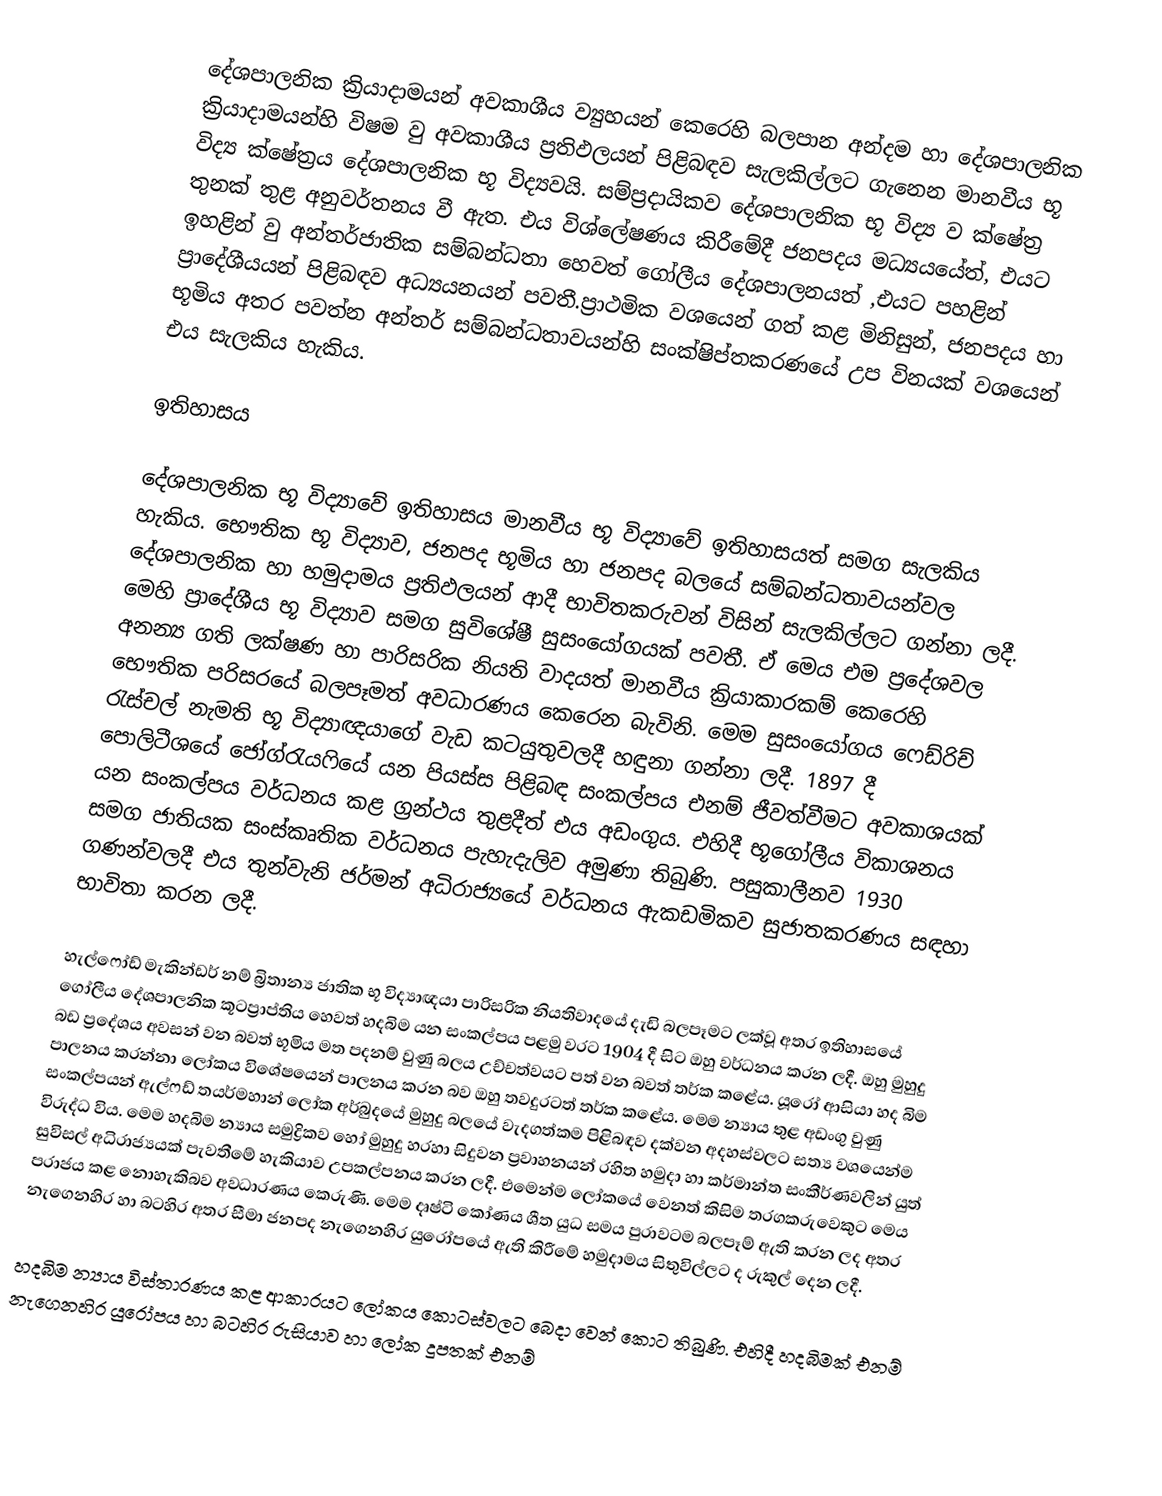
දේශපාලනික ක්‍රියාදාමයන් අවකාශීය ව්‍යුහයන් කෙරෙහි  බලපාන අන්දම හා දේශපාලනික ක්‍රියාදාමයන්හි විෂම වු අවකාශීය ප්‍රතිඵලයන් පිළිබඳව සැලකිල්ලට ගැනෙන මානවීය භූ විද්‍ය ක්ෂේත්‍රය දේශපාලනික භූ  විද්‍යවයි. සම්ප්‍රදායිකව දේශපාලනික භූ විද්‍ය ව ක්ෂේත්‍ර තුනක් තුළ අනුවර්තනය වී ඇත. එය විශ්ලේෂණය කිරීමේදී ජනපදය මධ්‍යයයේත්, එයට ඉහළින් වු අන්තර්ජාතික සම්බන්ධතා හෙවත් ගෝලීය දේශපාලනයත් ,එයට පහළින් ප්‍රාදේශීයයන් පිළිබඳව අධ්‍යයනයන් පවතී.ප්‍රාථමික වශයෙන් ගත් කළ  මිනිසුන්, ජනපදය හා භූමිය අතර පවත්න අන්තර් සම්බන්ධතාවයන්හි සංක්ෂිප්තකරණයේ උප විනයක් වශයෙන් එය සැලකිය හැකිය.

ඉතිහාසය

දේශපාලනික භූ විද්‍යාවේ ඉතිහාසය මානවීය භූ විද්‍යාවේ ඉතිහාසයත් සමග සැලකිය හැකිය. භෞතික භූ විද්‍යාව, ජනපද භූමිය හා ජනපද බලයේ සම්බන්ධතාවයන්වල දේශපාලනික හා හමුදාමය ප්‍රතිඵලයන් ආදී භාවිතකරුවන් විසින් සැලකිල්ලට ගන්නා ලදී. මෙහි ප්‍රාදේශීය භූ විද්‍යාව සමග සුවිශේෂී සුසංයෝගයක් පවතී. ඒ ‍මෙය එම ප්‍රදේශවල අනන්‍ය ගති ලක්ෂණ හා පාරිසරික නියති වාදයත් මානවීය ක්‍රියාකාරකම් කෙරෙහි භෞතික පරිසරයේ බලපෑමත් අවධාරණය කෙරෙන බැවිනි. මෙම සුසංයෝගය ෆෙඩ්රිච් රැස්චල් නැමති භූ විද්‍යාඥයාගේ වැඩ කටයුතුවලදී හඳුනා ගන්නා ලදී. 1897 දී පොලිටීශයේ ජෝග්රැයෆියේ යන පියස්ස පිළිබඳ සංකල්පය එනම් ජීවත්වීමට අවකාශයක් යන සංකල්පය වර්ධනය කළ ග්‍රන්ථය තුළදීත් එය අඩංගුය. එහිදී භූගෝලීය විකාශනය සමග ජාතියක සංස්කෘතික වර්ධනය පැහැදැලිව අමුණා තිබුණි. පසුකාලීනව 1930 ගණන්වලදී එය තුන්වැනි ජර්මන් අධිරාජ්‍යයේ වර්ධනය ඇකඩමිකව සුජාතකරණය සඳහා භාවිතා කරන ලදී.

හැල්ෆෝඩ් මැකින්ඩර් නම් බ්‍රිතාන්‍ය ජාතික භූ විද්‍යාඥයා පාරිසරික නියතිවාදයේ දැඩි බලපෑමට ලක්වූ අතර ඉතිහාසයේ ගෝලීය දේශපාලනික කූටප්‍රාප්තිය හෙවත් හදබිම යන සංකල්පය පළමු වරට 1904 දී සිට ඔහු වර්ධනය කරන ලදී. ඔහු මුහුදු බඩ ප්‍රදේශය අවසන් වන බවත් භූමිය මත පදනම් වුණු බලය උච්චත්වයට පත් වන බවත් තර්ක කළේය. යූරෝ ආසියා හද බිම පාලනය කරන්නා ලෝකය විශේෂයෙන් පාලනය කරන බව ඔහු තවදුරටත් තර්ක කළේය. මෙම න්‍යාය තුළ අඩංගු වුණු සංකල්පයන් ඇල්ෆඩ් තයර්මහාන් ලෝක අර්බුදයේ මුහුදු බලයේ වැදගත්කම පිළිබඳව දක්වන අදහස්වලට සත්‍ය වශයෙන්ම විරුද්ධ විය. මෙම හදබිම න්‍යාය සමුද්‍රිකව හෝ මුහුදු හරහා සිදුවන ප්‍රවාහනයන් රහිත හමුදා හා කර්මාන්ත සංකීර්ණවලින් යුත් සුවිසල් අධිරාජ්‍යයක් පැවතීමේ හැකියාව උපකල්පනය කරන ලදී. එමෙන්ම ලෝකයේ වෙනත් කිසිම තරගකරුවෙකුට‍ මෙය පරාජය ‍කළ නොහැකිබව අවධාරණය කෙරුණි. මෙම දෘෂ්ටි කෝණය ශීත යුධ සමය පුරාවටම බලපෑම් ඇති කරන ලද අතර නැගෙනහිර හා බටහිර අතර සීමා ජනපද නැගෙනහිර යුරෝපයේ ඇති කිරීමේ හමුදාමය සිතුවිල්ලට ද රුකුල් දෙන ලදී.

හදබිම න්‍යාය විස්තාරණය කළ ආකාරයට ලෝකය කොටස්වලට බෙදා වෙන්‍ කොට තිබුණි. එහිදී හදබිමක් එනම් නැගෙනහිර යුරෝපය හා බටහිර රුසියාව හා ලෝක දූපතක් එනම්